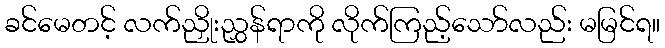
ခင်မေတင့် လက်ညှိုးညွှန်ရာကို လိုက်ကြည့်သော်လည်း မမြင်ရ။